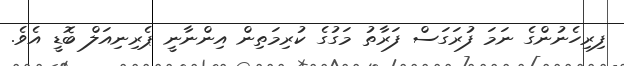
ފިރިހެނުންގެ ނަމަ ފުރަގަސް ފަރާތު މަގުގެ ކުރިމަތިން އިންނާނީ ޕެރިނިއަލް ބޮޑީ އެވެ.